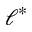
\ell ^ { * }